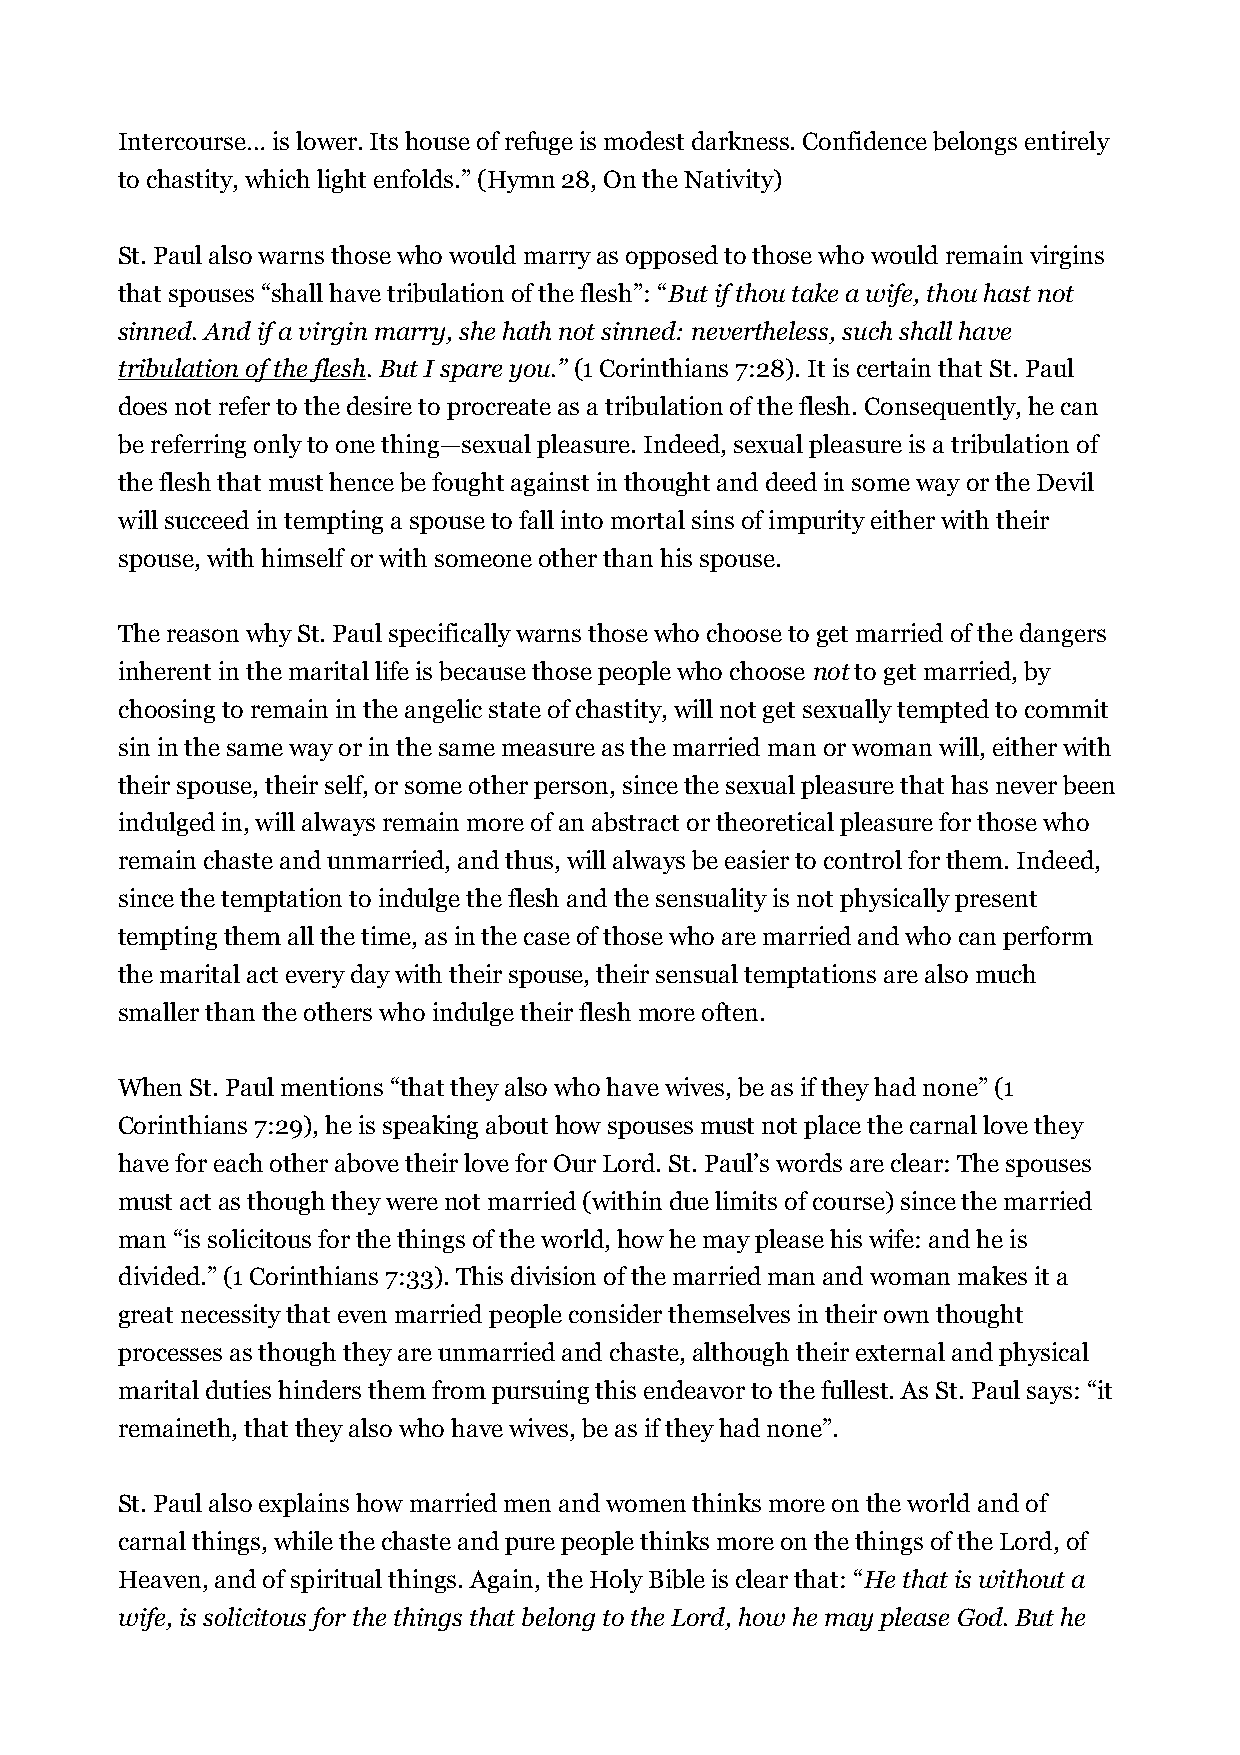
Intercourse… is lower. Its house of refuge is modest darkness. Confidence belongs entirely
 to chastity, which light enfolds.” (Hymn 28, On the Nativity)
 St. Paul also warns those who would marry as opposed to those who would remain virgins
 that spouses “shall have tribulation of the flesh”: “But if thou take a wife, thou hast not
 sinned. And if a virgin marry, she hath not sinned: nevertheless, such shall have
 tribulation of the flesh. But I spare you.” (1 Corinthians 7:28). It is certain that St. Paul
 does not refer to the desire to procreate as a tribulation of the flesh. Consequently, he can
 be referring only to one thing—sexual pleasure. Indeed, sexual pleasure is a tribulation of
 the flesh that must hence be fought against in thought and deed in some way or the Devil
 will succeed in tempting a spouse to fall into mortal sins of impurity either with their
 spouse, with himself or with someone other than his spouse.
 The reason why St. Paul specifically warns those who choose to get married of the dangers
 inherent in the marital life is because those people who choose not to get married, by
 choosing to remain in the angelic state of chastity, will not get sexually tempted to commit
 sin in the same way or in the same measure as the married man or woman will, either with
 their spouse, their self, or some other person, since the sexual pleasure that has never been
 indulged in, will always remain more of an abstract or theoretical pleasure for those who
 remain chaste and unmarried, and thus, will always be easier to control for them. Indeed,
 since the temptation to indulge the flesh and the sensuality is not physically present
 tempting them all the time, as in the case of those who are married and who can perform
 the marital act every day with their spouse, their sensual temptations are also much
 smaller than the others who indulge their flesh more often.
 When St. Paul mentions “that they also who have wives, be as if they had none” (1
 Corinthians 7:29), he is speaking about how spouses must not place the carnal love they
 have for each other above their love for Our Lord. St. Paul’s words are clear: The spouses
 must act as though they were not married (within due limits of course) since the married
 man “is solicitous for the things of the world, how he may please his wife: and he is
 divided.” (1 Corinthians 7:33). This division of the married man and woman makes it a
 great necessity that even married people consider themselves in their own thought
 processes as though they are unmarried and chaste, although their external and physical
 marital duties hinders them from pursuing this endeavor to the fullest. As St. Paul says: “it
 remaineth, that they also who have wives, be as if they had none”.
 St. Paul also explains how married men and women thinks more on the world and of
 carnal things, while the chaste and pure people thinks more on the things of the Lord, of
 Heaven, and of spiritual things. Again, the Holy Bible is clear that: “He that is without a
 wife, is solicitous for the things that belong to the Lord, how he may please God. But he